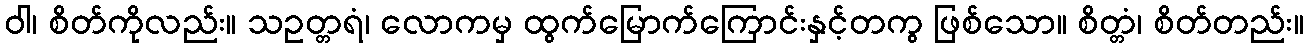
ဝါ၊ စိတ်ကိုလည်း။ သဥတ္တရံ၊ လောကမှ ထွက်မြောက်ကြောင်းနှင့်တကွ ဖြစ်သော။ စိတ္တံ၊ စိတ်တည်း။